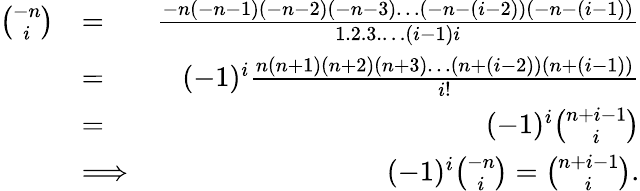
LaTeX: \begin{array}{rlr}{\binom{-n}{i}}&{=}&{\frac{-n(-n-1)(-n-2)(-n-3)\ldots(-n-(i-2))(-n-(i-1))}{1.2.3.\ldots(i-1)i}}\\ &{=}&{(-1)^{i}\frac{n(n+1)(n+2)(n+3)\ldots(n+(i-2))(n+(i-1))}{i!}}\\ &{=}&{(-1)^{i}\binom{n+i-1}{i}}\\ &{\Longrightarrow}&{(-1)^{i}\binom{-n}{i}=\binom{n+i-1}{i}.}\end{array}